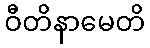
ဝီတိနာမေတိ